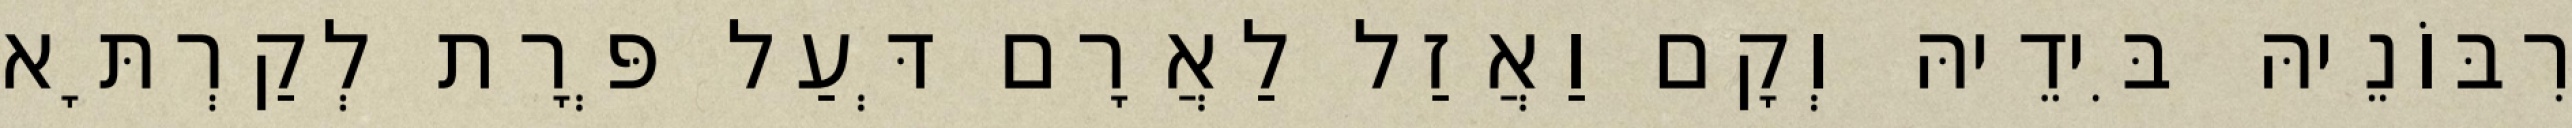
רִבּוֹנֵיהּ בִּידֵיהּ וְקָם וַאֲזַל לַאֲרָם דְּעַל פְּרָת לְקַרְתָּא